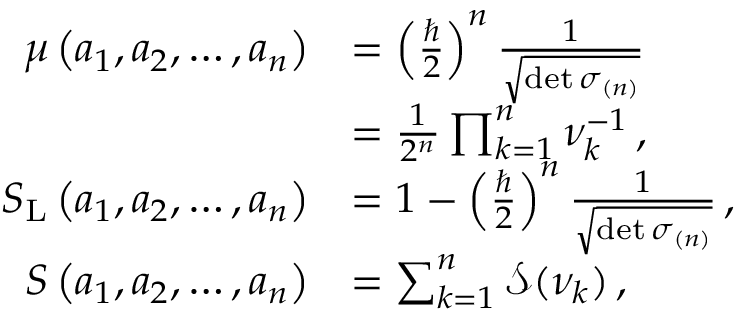
\begin{array} { r l } { \mu \left( a _ { 1 } , a _ { 2 } , \dots , a _ { n } \right) } & { = \left( \frac { \hbar } { 2 } \right) ^ { n } \frac { 1 } { \sqrt { \operatorname* { d e t } \boldsymbol { \sigma } _ { ( n ) } } } } \\ & { = \frac { 1 } { 2 ^ { n } } \prod _ { k = 1 } ^ { n } \nu _ { k } ^ { - 1 } \, , } \\ { S _ { \mathrm { L } } \left( a _ { 1 } , a _ { 2 } , \dots , a _ { n } \right) } & { = 1 - \left( \frac { \hbar } { 2 } \right) ^ { n } \frac { 1 } { \sqrt { \operatorname* { d e t } \boldsymbol { \sigma } _ { ( n ) } } } \, , } \\ { S \left( a _ { 1 } , a _ { 2 } , \dots , a _ { n } \right) } & { = \sum _ { k = 1 } ^ { n } \mathcal { S } ( \nu _ { k } ) \, , } \end{array}